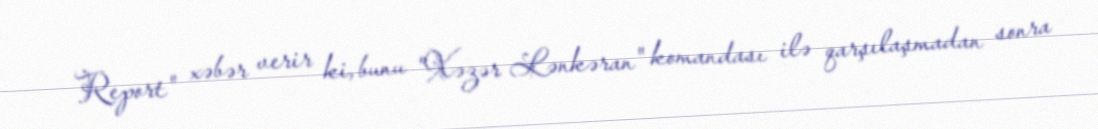
Report" xəbər verir ki, bunu "Xəzər Lənkəran" komandası ilə qarşılaşmadan sonra